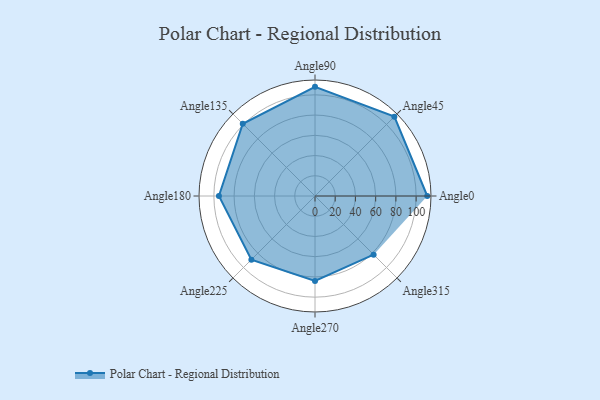
{"axis": {"x": "Angle", "y": "Radius"}, "legend": [""], "data": [{"x": "Angle0", "y": 111.0, "type": ""}, {"x": "Angle45", "y": 111.0, "type": ""}, {"x": "Angle90", "y": 108.0, "type": ""}, {"x": "Angle135", "y": 101.0, "type": ""}, {"x": "Angle180", "y": 95.0, "type": ""}, {"x": "Angle225", "y": 89.0, "type": ""}, {"x": "Angle270", "y": 84.0, "type": ""}, {"x": "Angle315", "y": 82.0, "type": ""}]}